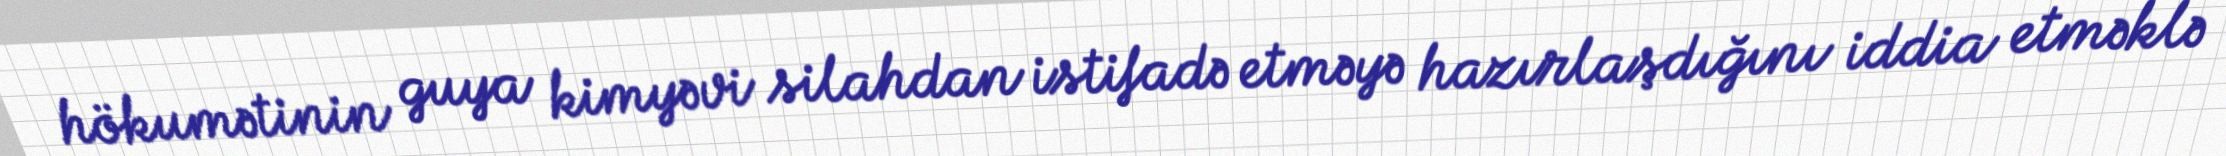
hökumətinin guya kimyəvi silahdan istifadə etməyə hazırlaşdığını iddia etməklə